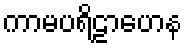
ကာမပရိဠာဟေန